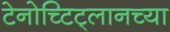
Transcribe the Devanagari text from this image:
टेनोच्टिट्लानच्या